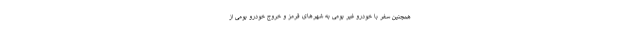
همچنین سفر با خودرو غیر بومی به شهرهای قرمز و خروج خودرو بومی از